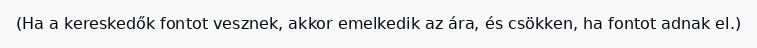
(Ha a kereskedők fontot vesznek, akkor emelkedik az ára, és csökken, ha fontot adnak el.)